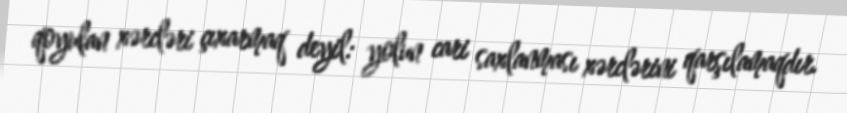
qoyulan xərcləri çıxarmaq deyil: yolun cari saxlanması xərclərini qarşılamaqdır.